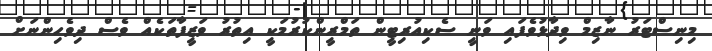
މިނިސްޓަރު ނާޒިމް ވިދާޅުވެފައި ވަނީ ސެކިއުރިޓީން ތަމްރީންކުރުމަކީ އިތުރު ވަޒީފާތަކެއް ވެސް ދިވެހިންނަށް